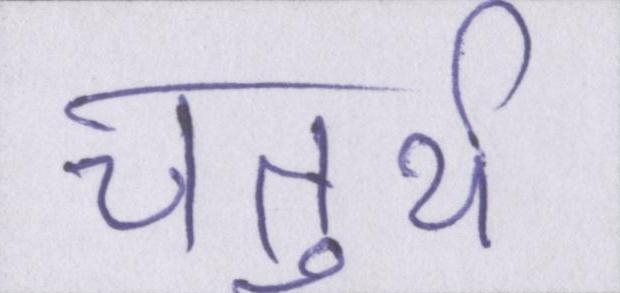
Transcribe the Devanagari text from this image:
चतुर्थ